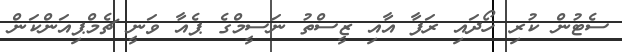
ސެޓުން ކުރި ހޯދައި ރަފާ އާއި ޒީސްތު ނަސީމްގެ ޕެއާ ވަނީ ޗެމްޕިއަންކަން